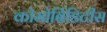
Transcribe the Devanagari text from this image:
कोमोर्बिडिटीस